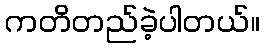
ကတိတည်ခဲ့ပါတယ်။